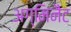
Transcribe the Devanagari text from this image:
अग्मिनैट